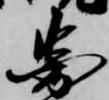
図